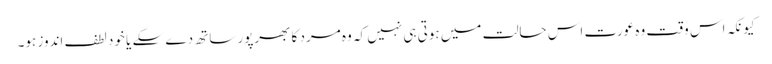
کیونکہ اس وقت وہ عورت اس حالت میں ہوتی ہی نہیں کہ وہ مرد کا بھرپور ساتھ دے سکے یا خود لطف اندوز ہو۔